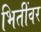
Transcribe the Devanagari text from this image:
भितींवर